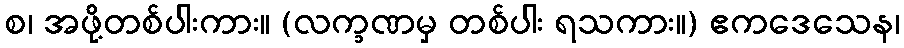
စ၊ အဖို့တစ်ပါးကား။ (လက္ခဏမှ တစ်ပါး ရသကား။) ဧကဒေသေန၊